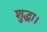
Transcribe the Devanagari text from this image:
शुद्धा।